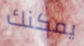
يمكنك